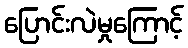
ပြောင်းလဲမှုကြောင့်